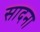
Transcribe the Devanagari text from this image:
सादना